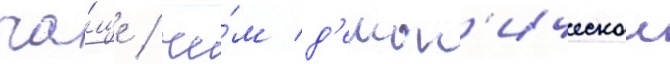
ча́ще / че́м д'емон'ическои